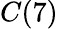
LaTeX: C(7)